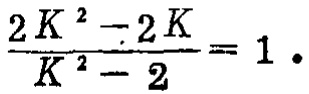
\(\frac{2K^{2}-2K}{K^{2}-2}=1.\)